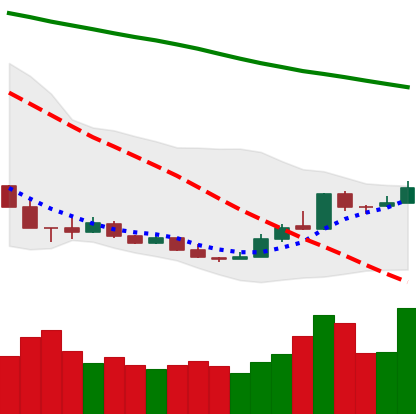
Ticker: XMR-USD
Chart end date: 2018-12-24
Forward return: -14.597%
Label: down_7plus